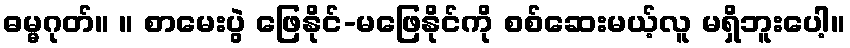
ဓမ္မဂုတ်။ ။ စာမေးပွဲ ဖြေနိုင်-မဖြေနိုင်ကို စစ်ဆေးမယ့်လူ မရှိဘူးပေါ့။